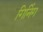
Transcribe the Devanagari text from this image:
गिनिंग